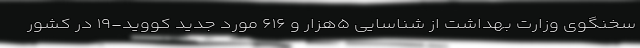
سخنگوی وزارت بهداشت از شناسایی ۵هزار و ۶۱۶ مورد جدید کووید-۱۹ در کشور